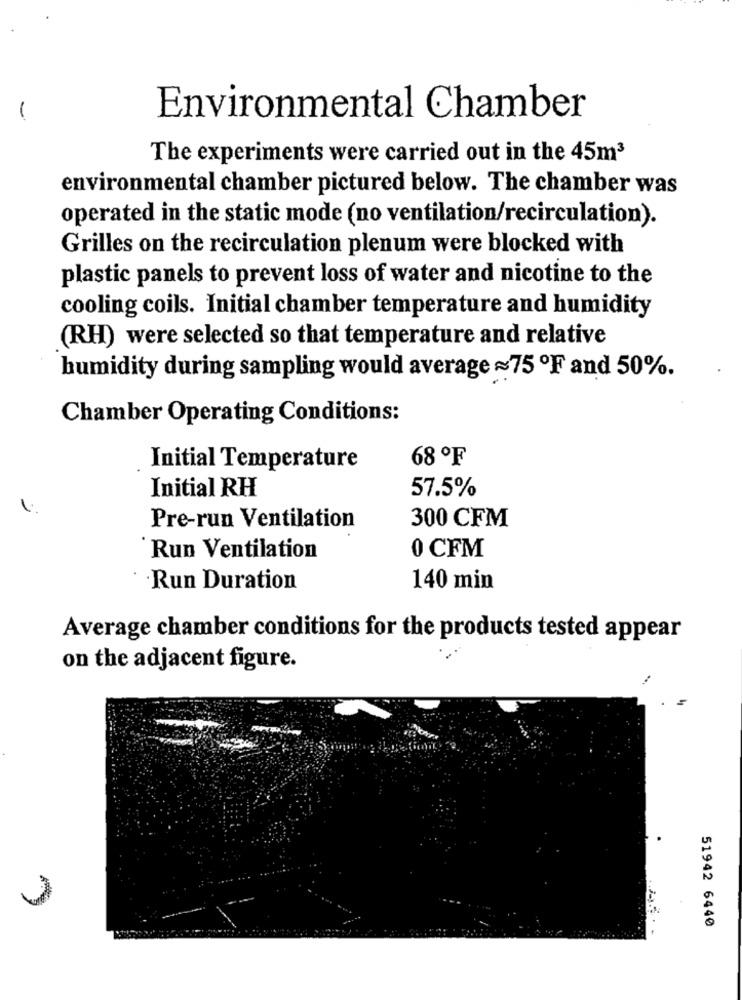
-
Environmental Chamber
The experiments were carried out in the 45m3
environmental chamber pictured below. The chamber was
operated in the static mode (no ventilation/recirculation).
Grilles on the recirculation plenum were blocked with
plastic panels to prevent loss of water and nicotine to the
cooling coils. Initial chamber temperature and humidity
(RH) were selected so that temperature and relative
humidity during sampling would average ~75 ºF and 50%.
Chamber Operating Conditions:
68ºF
Initial Temperature
Initial RH
57.5%
Pre-run Ventilation
300 CFM
Run Ventilation
0 CFM
Run Duration
140 min
Average chamber conditions for the products tested appear
on the adjacent figure.
51942 6440